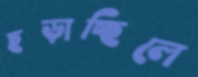
ছড়াচ্ছিলে